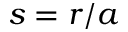
s = r / a